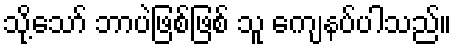
သို့သော် ဘာပဲဖြစ်ဖြစ် သူ ကျေနပ်ပါသည်။